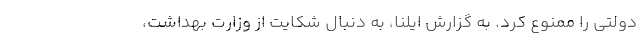
دولتی را ممنوع کرد. به گزارش ایلنا، به دنبال شکایت از وزارت بهداشت،